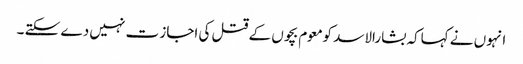
انہوں نے کہاکہ بشارالاسد کومعوم بچوں کے قتل کی اجاز ت نہیں دے سکتے ۔